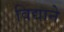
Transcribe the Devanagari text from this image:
विद्याने